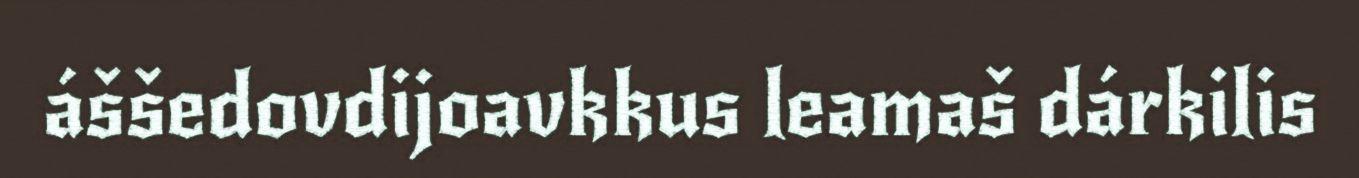
áššedovdijoavkkus leamaš dárkilis